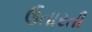
ઉતારતી